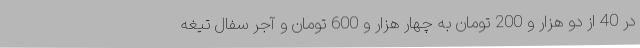
در 40 از دو هزار و 200 تومان به چهار هزار و 600 تومان و آجر سفال تیغه